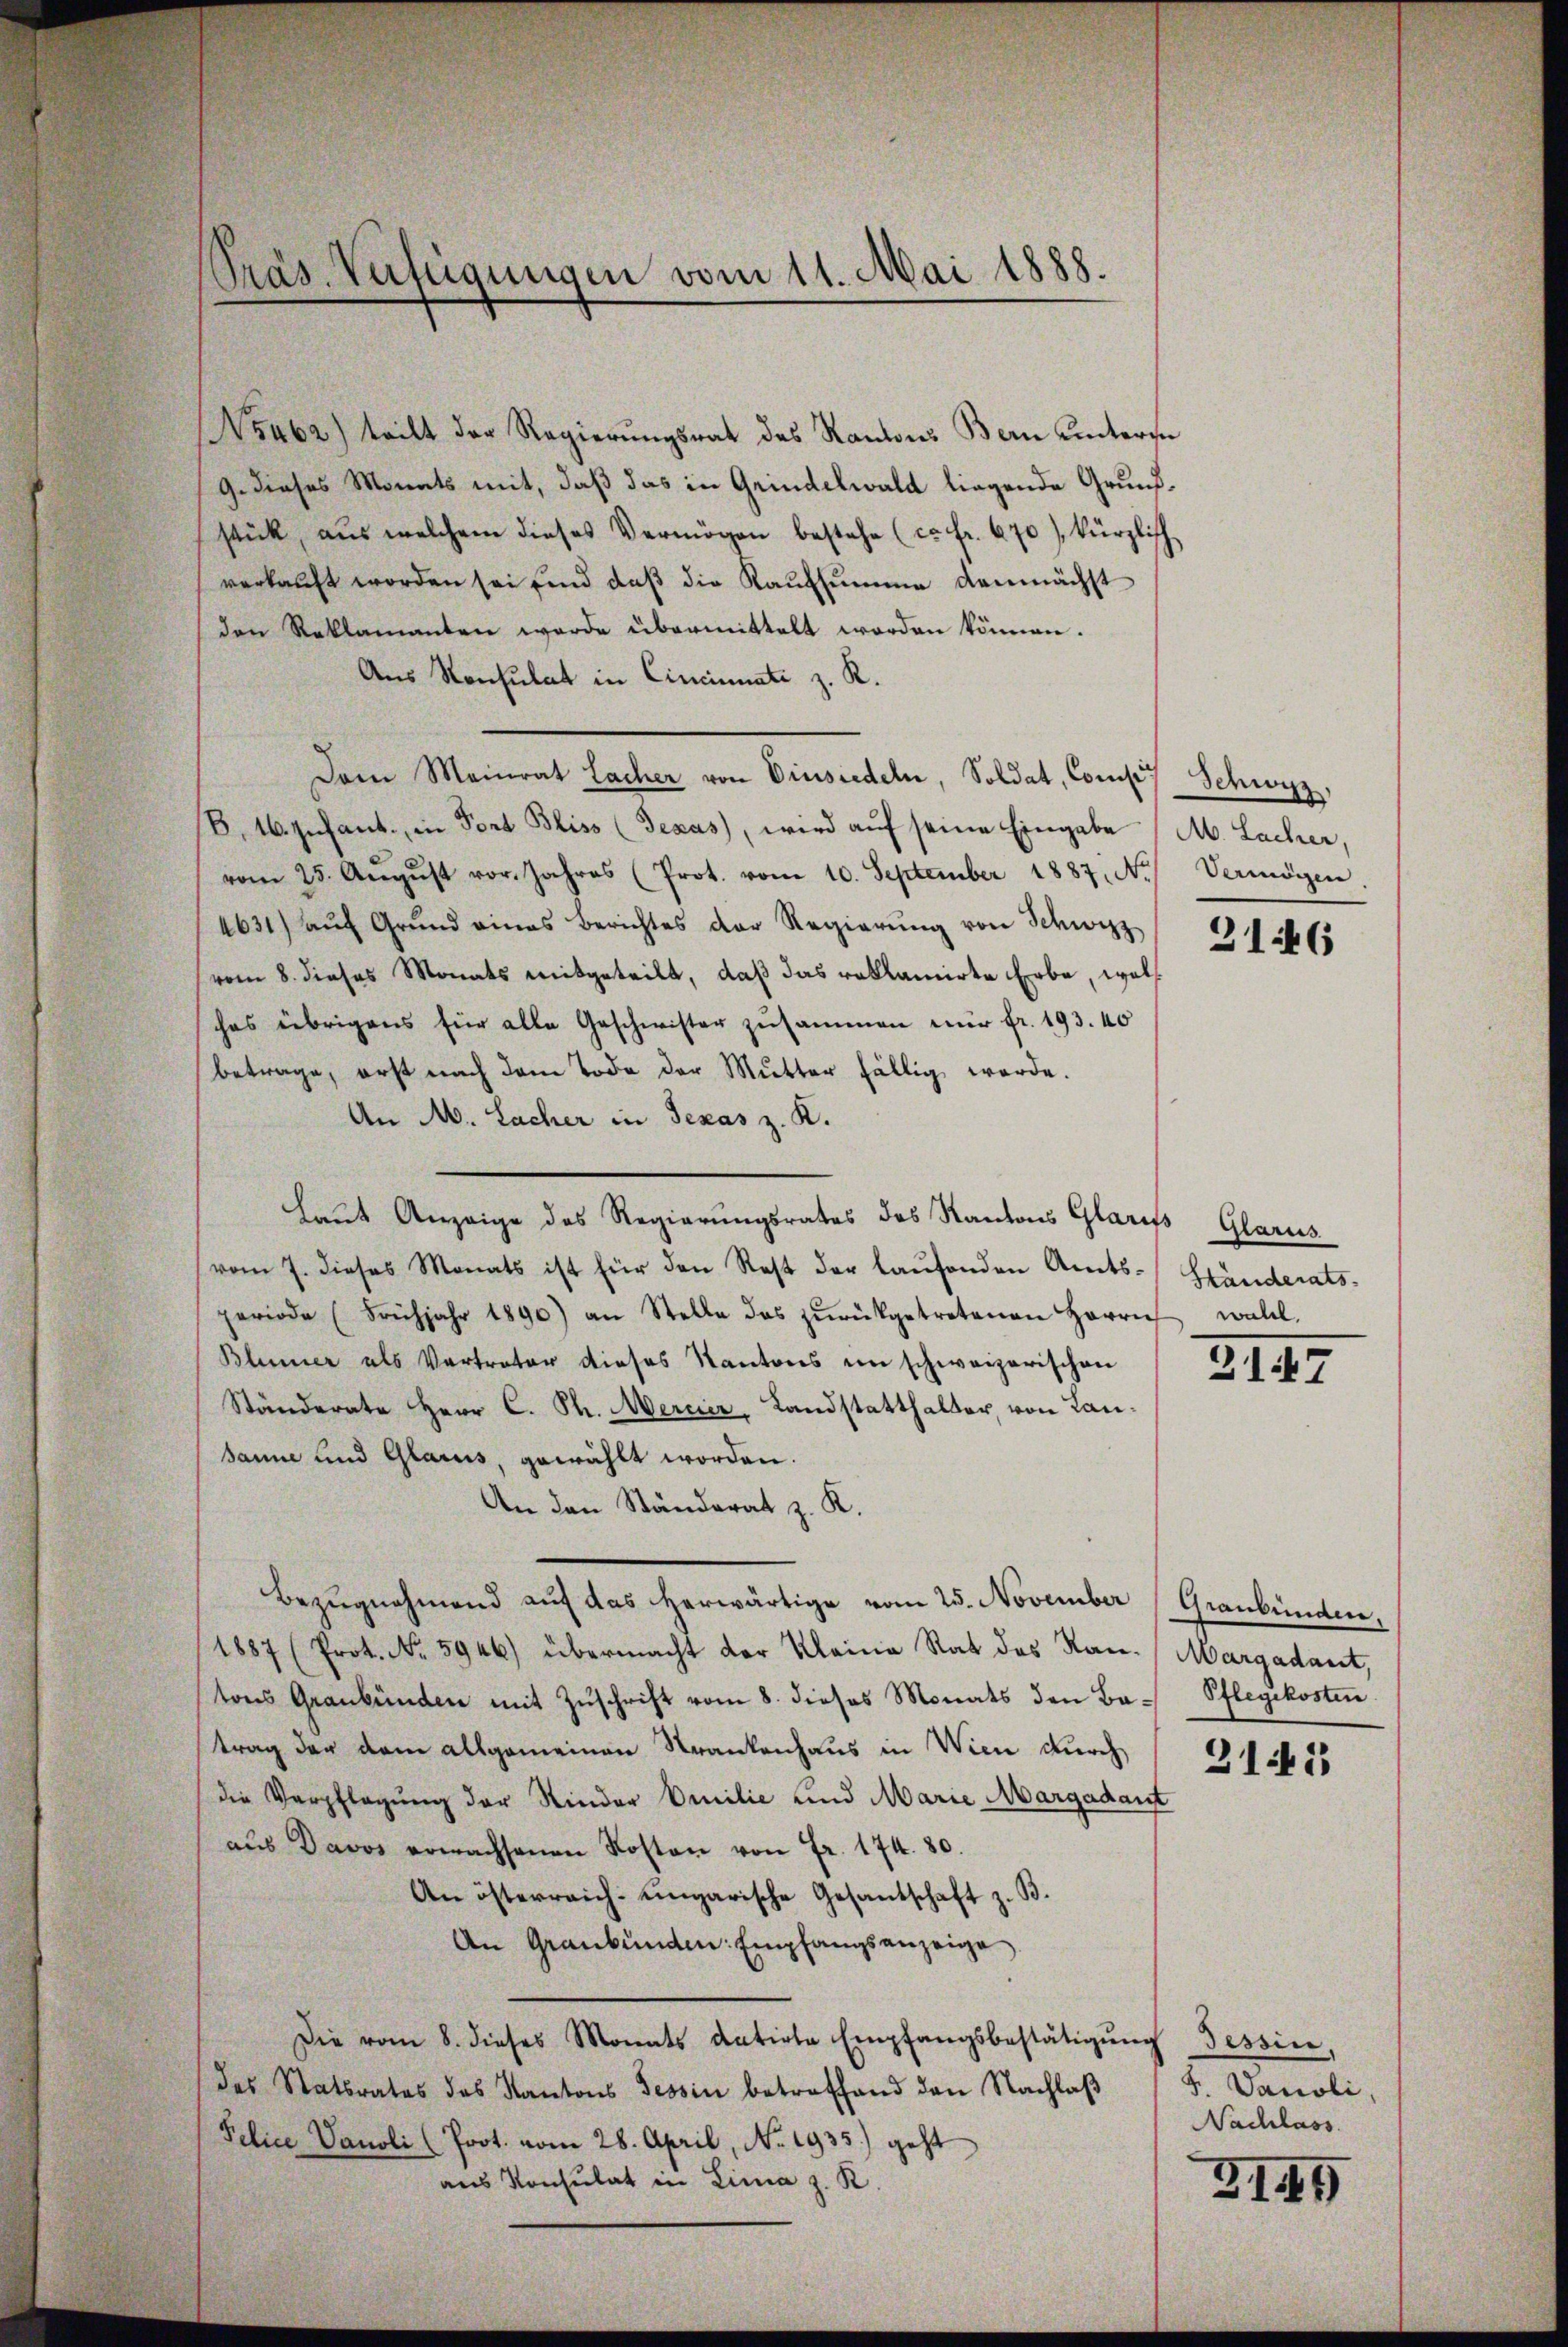
Präs. Verfügungen vom 11. Mai 1888.

N5462) teilt der Regierŭngsrat des Kantons Bern untersu
9. dieses Monats mit, daß das in Grindelwald liegende Grundstück, aus welchem dieses Vermögen bestehe (c. fr. 670), kürzlich
verkauft worden sei sind daß die Kaufsumme demnächst
den Reklamanten werde übermittelt worden können.
Aus Konsulat in Cincinati z. R.
Dem Meinrat Lacher von Einsiedeln, Soldat, Comtes Schwyz,
B. 16. Infant., in Fort Bliss (Texas, wird aŭf seine Eingabe M. Lacher,
vom 25. Aŭgŭst vor. Jahres (Prot. vom 10. September 1887, N. Vermögen.
4631) aŭf Grŭnd eines Berichtes der Regierŭng von Schwyz
(vom 8. dieses Monats mitgeteilt, daß das reklamirte Erbe, woll
ches übrigens für alle Geschwister zusammen nur fr. 193. 40
betrage, erst nach dem Tode der Mutter fällig werde.
An A. Lacher in Texas z. K.
Laut Anzeige des Regierungsrates des Kantons Glaruss
vom 7. dieses Monats ist für den Rest der laŭfenden Amts-Händerats-
periode (Frühjahr 1890) an Stelle das zŭrückgetretenen Herrn woll
Blumer als Vertreter dieses Kantons im schweizerischen
Ständerate Herr C. Ph. Mercier, Landstatthalter, von Lansanne und Glarus, gewählt worden.
An den Ständerat z. K.
Bezŭgnehmend auf das herwärtige vom 25. November (Graubünden,
1887 (Prot. No. 5946) übermacht der Kleine Rat des Ran-Margadant,
tons Graubünden mit Zuschrift vom 8. dieses Monats den Ba-Pflegekosten
trag der dem allgemeinen Krankenhaus in Wien durch
die Verpflegung der Kinder Emilie und Marie Margadant
aus Davos erwachsenen Kosten von Fr. 174. 80.
An österreich-ungarische Gesantschaft z. B.
An Graubünden Empfangsanzeige
Die vom 8. dieses Monats datirte Empfangsbestätigung
des Statsrates des Kantons Tessin betreffend den Nachlaβ F. Danoli,
Felice Vanoli (Prot. vom 28. April, No. 1935.) geht
aus Konsulat in Lina z. R.

3146

Glarus

2147

2141

Tessin,
Nachlass

3145